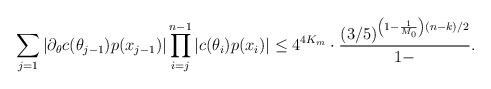
LaTeX: \begin{align*}\sum \limits_{j = 1} |\partial_\theta c(\theta_{j-1}) p(x_{j-1})| \prod \limits_{i=j}^{n-1} |c(\theta_i)p(x_i)| \leq 4^{4K_m} \cdot \frac{(3/5)^{\left(1 - \frac1{M_0} \right)(n-k)/2}}{1 - }.\end{align*}